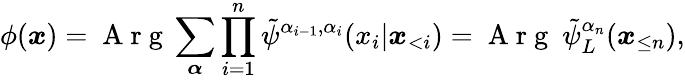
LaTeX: \phi(\boldsymbol x)=\mathrm{~A~r~g~}\sum_{\boldsymbol{\alpha}}\prod_{i=1}^{n}\tilde{\psi}^{\alpha_{i-1},\alpha_{i}}(x_{i}|\boldsymbol x_{<i})=\mathrm{~A~r~g~}\ \tilde{\psi}_{L}^{\alpha_{n}}(\boldsymbol x_{\le n}),